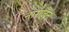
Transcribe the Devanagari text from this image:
नागजन